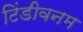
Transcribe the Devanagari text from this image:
टिंडीवनम